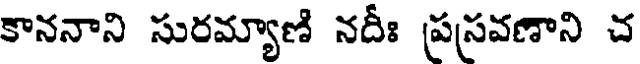
కాననాని సురమ్యాణి నదీః పసవణాని చ